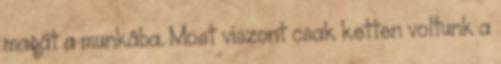
magát a munkába. Most viszont csak ketten voltunk a